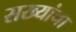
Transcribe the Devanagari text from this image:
सख्यांना